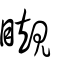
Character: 瞡